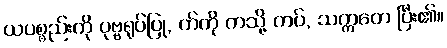
ယပစ္စည်းကို ပုဗ္ဗရုပ်ပြု, က်ကို ကသို့ ကပ်, သက္ကတေ ပြီး၏။